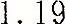
1.19